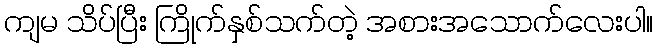
ကျမ သိပ်ပြီး ကြိုက်နှစ်သက်တဲ့ အစားအသောက်လေးပါ။